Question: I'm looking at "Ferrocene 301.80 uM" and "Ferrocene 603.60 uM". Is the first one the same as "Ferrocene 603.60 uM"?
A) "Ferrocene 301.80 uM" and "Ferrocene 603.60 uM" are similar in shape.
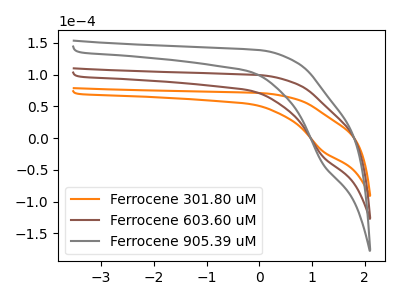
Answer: <think>The orange curve "Ferrocene 301.80 uM" has a cathodic peak at: (1.20V, -20.80uA). The brown curve "Ferrocene 603.60 uM" has a cathodic peak at: (1.20V, -29.05uA). The gray curve "Ferrocene 905.39 uM" has a cathodic peak at: (1.20V, -58.15uA).
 All the peaks in "Ferrocene 301.80 uM" have a peak in "Ferrocene 603.60 uM" at the same potential. Every peak in "Ferrocene 301.80 uM" is lower than every peak in "Ferrocene 603.60 uM".</think>
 <answer>A) "Ferrocene 301.80 uM" and "Ferrocene 603.60 uM" are similar in shape.</answer>
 <eval>A</eval>